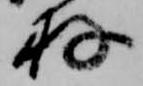
存